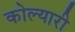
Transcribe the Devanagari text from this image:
कोल्यारी